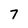
Character: 7